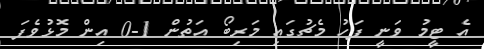
އެ ޓީމު ވަނީ ފަހު މެޗުގައި މަރިބޯ އަތުން 1-0 އިން މޮޅުވެފަ